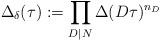
LaTeX: \begin{align*}\Delta_\delta(\tau):= \prod_{D\mid N} \Delta(D\tau)^{n_D}\end{align*}